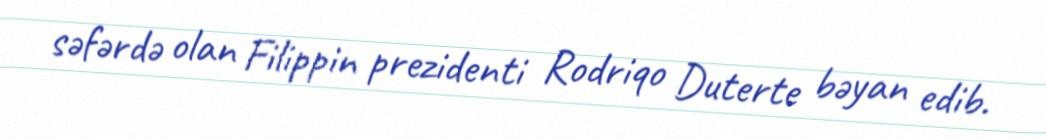
səfərdə olan Filippin prezidenti Rodriqo Duterte bəyan edib.